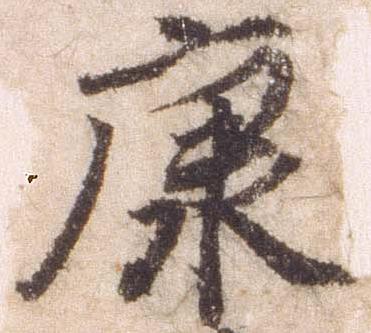
康